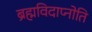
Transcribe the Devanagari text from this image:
ब्रह्मविदाप्नोति